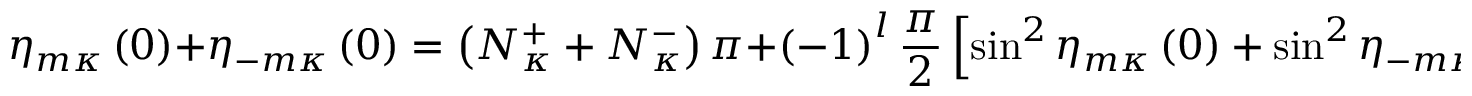
\eta _ { m \kappa } \left( 0 \right) + \eta _ { - m \kappa } \left( 0 \right) = \left( N _ { \kappa } ^ { + } + N _ { \kappa } ^ { - } \right) \pi + \left( - 1 \right) ^ { l } \frac { \pi } { 2 } \left[ \sin ^ { 2 } \eta _ { m \kappa } \left( 0 \right) + \sin ^ { 2 } \eta _ { - m \kappa } \left( 0 \right) \right] \, ,